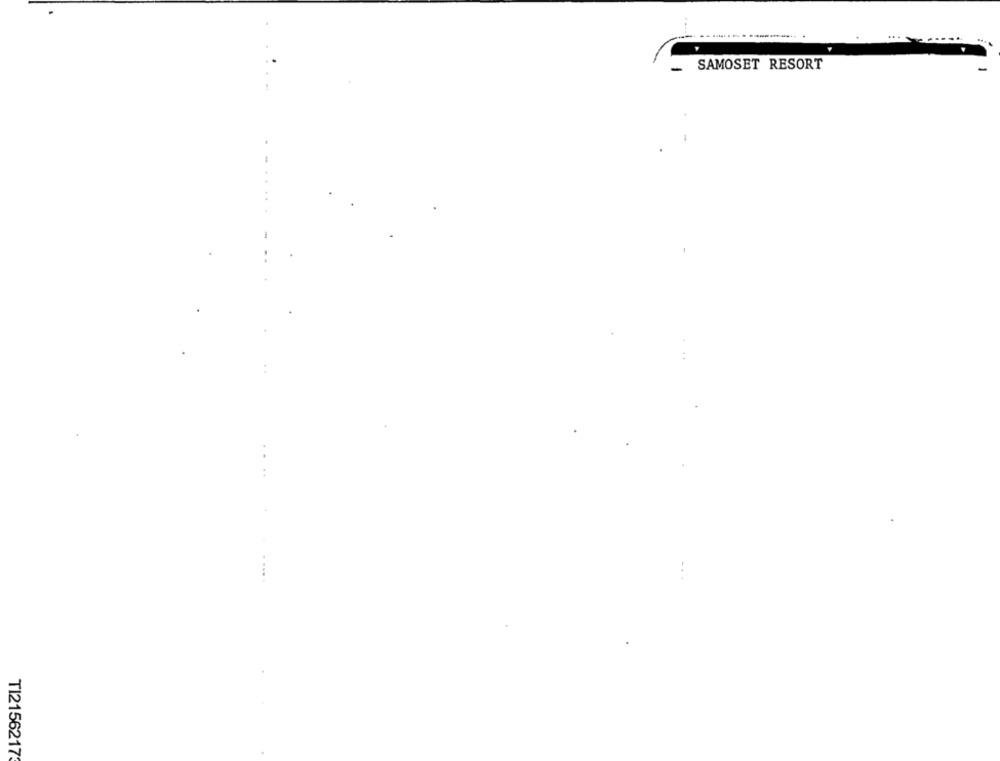
.
----..................... .
SAMOSET RESORT
....
. ..
TI2156217